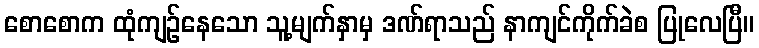
စောစောက ထုံကျဉ်နေသော သူ့မျက်နှာမှ ဒဏ်ရာသည် နာကျင်ကိုက်ခဲစ ပြုလေပြီ။